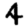
Digit: 4